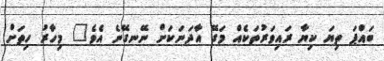
ބައްޕަ ތިޔަ ކިޔާ ރައިވަރުތަކެއް މަގޭ އާދަނަކަށް ނޭނގޭނެ އެވެ" މިހާރު ހިތަށް